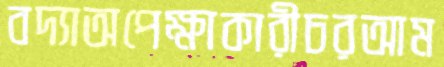
বদ্যাঅপেক্ষাকারীচরআম